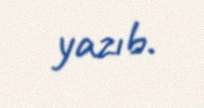
yazıb.